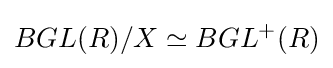
BGL(R)/X\simeq BGL^{+}(R)